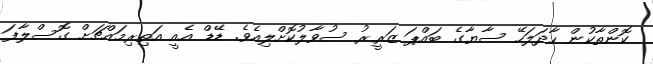
ކޮންތާކުން ހާދަލަހޭ ސާޔާގެ ބައްޕަ ޒަރީރު ސުވާލުކޮށްލިއެވެ. ޑޭޑް އެއީ އަތިރިމައްޗަށް ގޮސްލާފަ